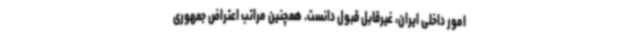
امور داخلی ایران، غیرقابل قبول دانست. همچنین مراتب اعتراض جمهوری